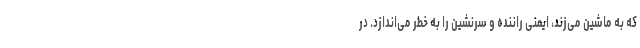
که به ماشین می‌زند، ایمنی راننده و سرنشین را به خطر می‌اندازد. در